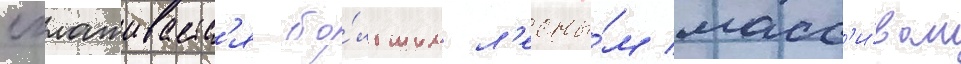
сглаживаетс'я бо́льшим л'есны́м масс'и́вом